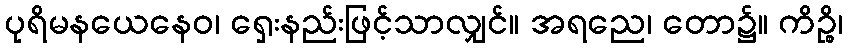
ပုရိမနယေနေဝ၊ ရှေးနည်းဖြင့်သာလျှင်။ အရညေ၊ တော၌။ ကိဉ္စိ၊